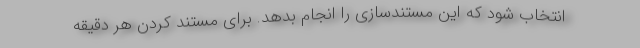
انتخاب شود که این مستندسازی را انجام بدهد. برای مستند کردن هر دقیقه